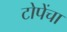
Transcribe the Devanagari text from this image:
टोपेंचा